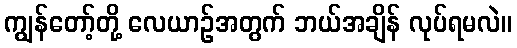
ကျွန်တော့်တို့ လေယာဉ်အတွက် ဘယ်အချိန် လုပ်ရမလဲ။